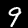
Label: 9